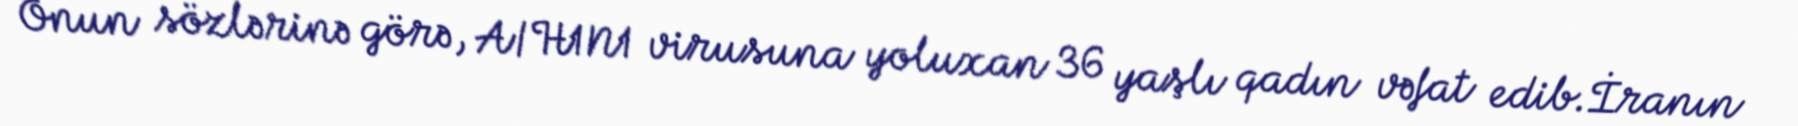
Onun sözlərinə görə, A/H1N1 virusuna yoluxan 36 yaşlı qadın vəfat edib.İranın